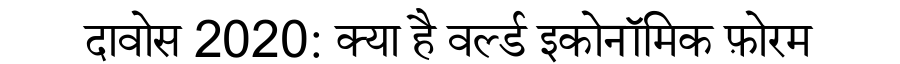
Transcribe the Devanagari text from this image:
दावोस 2020: क्या है वर्ल्ड इकोनॉमिक फ़ोरम